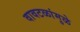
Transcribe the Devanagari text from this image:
वावटळांमुळे